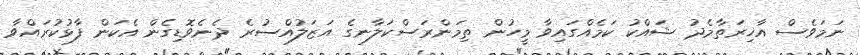
ނަމަވެސް އާޚިރަތާމެދު ޝައްކު ކަމެއްގައިވާ މީހުން ތިމަންރަސްކަލާނގެ އަޒަލުއްސުރެ ދެނެވޮޑިގެން އެކަން ފާޅުކުރައްވާ